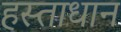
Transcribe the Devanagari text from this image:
हस्ताधान